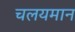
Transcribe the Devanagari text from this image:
चलयमान